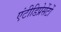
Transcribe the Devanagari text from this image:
एंटीडिप्रेसेंटों